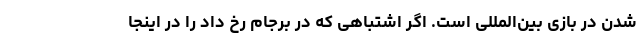
شدن در بازی بین‌المللی است. اگر اشتباهی که در برجام رخ داد را در اینجا